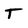
Character: T